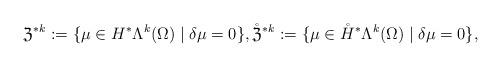
LaTeX: \begin{align*}\mathfrak{Z}^{\ast k}:=\{\mu\in H^{\ast}\Lambda^{k}(\Omega)\mid\delta\mu=0\}, \mathring{\mathfrak{Z}}^{\ast k}:=\{\mu\in\mathring{H}^{\ast}\Lambda^{k}(\Omega)\mid\delta\mu=0\},\end{align*}